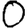
Digit: 0